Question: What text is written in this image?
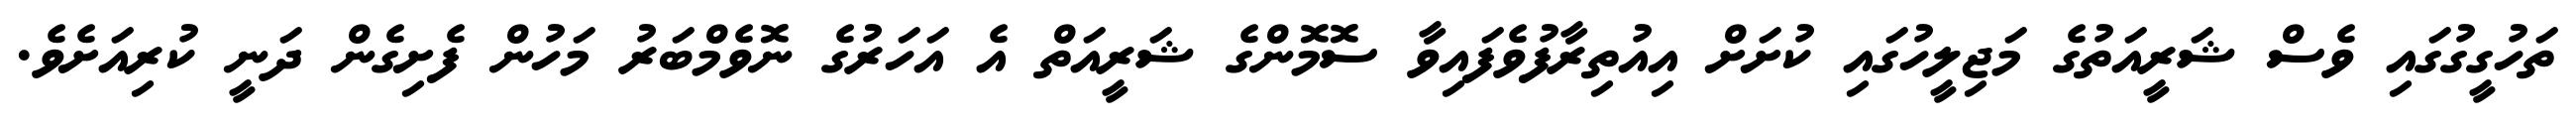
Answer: ތަހުގީގުގައި ވެސް ޝަރީއަތުގެ މަޖިލީހުގައި ކުށަށް އިއުތިރާފުވެފައިވާ ސޮމޮންގެ ޝަރީއަތް އެ އަހަރުގެ ނޮވެމްބަރު މަހުން ފެށިގެން ދަނީ ކުރިއަށެވެ.